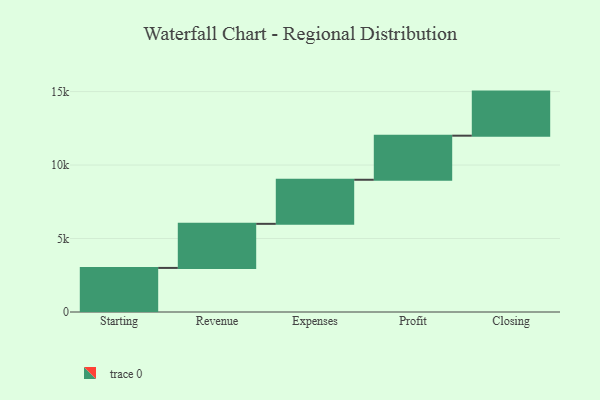
{"axis": {"x": "Step", "y": "Value"}, "legend": [""], "data": [{"x": "Starting", "y": 3000, "type": ""}, {"x": "Revenue", "y": 3000, "type": ""}, {"x": "Expenses", "y": 3000, "type": ""}, {"x": "Profit", "y": 3000, "type": ""}, {"x": "Closing", "y": 3000, "type": ""}]}